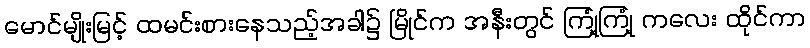
မောင်မျိုးမြင့် ထမင်းစားနေသည့်အခါ၌ မြိုင်က အနီးတွင် ကြုံ့ကြုံ့ ကလေး ထိုင်ကာ